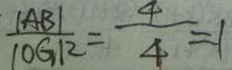
\frac { \vert A B \vert } { \vert O G \vert ^ { 2 } } = \frac { 4 } { 4 } = 1